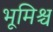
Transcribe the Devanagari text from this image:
भूमिश्च